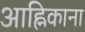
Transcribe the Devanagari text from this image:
आह्निकाना